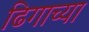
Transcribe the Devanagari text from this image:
ढिगाच्या